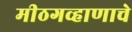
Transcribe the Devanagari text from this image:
मीठगव्हाणाचे